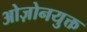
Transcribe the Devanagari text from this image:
ओज़ोनयुक्त